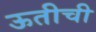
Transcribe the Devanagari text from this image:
ऊतीची